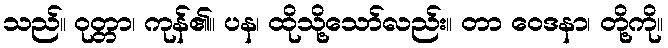
သည်။ ဝုတ္တာ၊ ကုန်၏။ ပန၊ ထိုသို့သော်လည်း။ တာ ဝေဒနာ၊ တို့ကို။